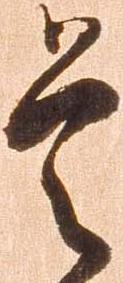
是